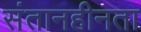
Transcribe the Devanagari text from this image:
संतानहीनता